Report of the Indian Hemp Drugs Commission, 1894-1895 - Volume VII
Year: 1894
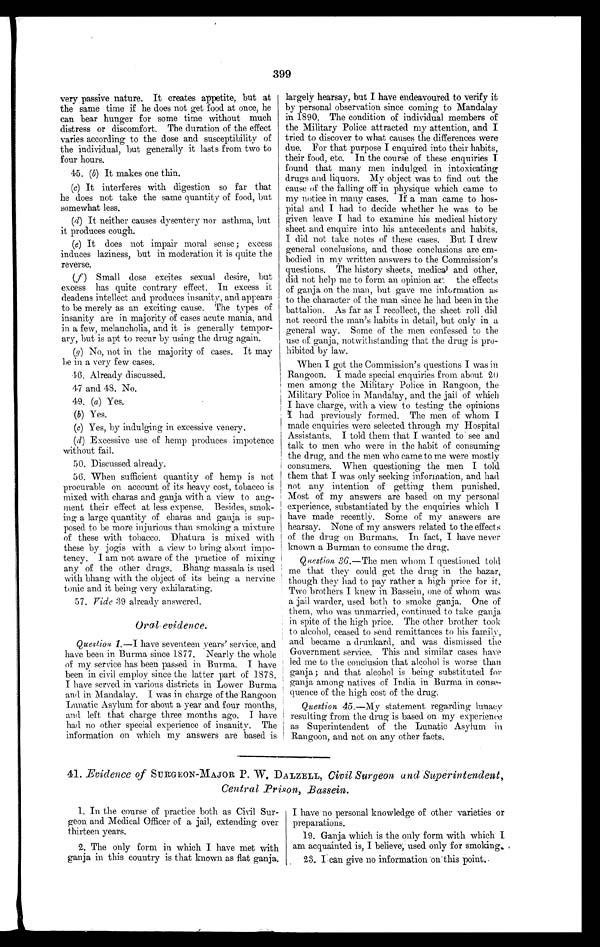
399
very passive nature. It creates appetite, but at
the same time if he does not get food at once, he
can bear hunger for some time without much
distress or discomfort. The duration of the effect
varies according to the dose and susceptibility of
the individual, but generally it lasts from two to
four hours.
45. (b) It makes one thin.
(c) It interferes with digestion so far that
he does not take the same quantity of food, but
somewhat less.
(d) It neither causes dysentery nor asthma, but
it produces cough.
(e) It does not impair moral sense ; excess
induces laziness, but in moderation it is quite the
reverse.
(f) Small dose excites sexual desire, but
excess has quite contrary effect. In excess it
deadens intellect and produces insanity, and appears
to be merely as an exciting cause. The types of
insanity are in majority of cases acute mania, and
in a few, melancholia, and it is generally tempor-
ary, but is apt to recur by using the drug again.
(g) No, not in the majority of cases. It may
b e i n a v e r y f e w c a s e s .
16. Already discussed.
47 and 48. No.
49. (a) Yes .
(b)Yes.
(c) Yes, by indulging in excessive venery.
(d) Excessive use of hemp produces impotence
without fail.
50. Discussed already.
56. When sufficient quantity of hemp is not
procurable on account of its heavy cost, tobacco is
mixed with charas and ganja with a view to aug-
ment their effect at less expense. Besides, smok-
ing a large quantity of charas and ganja is sup-
posed. to be more injurious than smoking a mixture
of these with tobacco. Dhatura is mixed with
these by jogis with a view to bring about impo-
tency. I am not aware of the practice of mixing
any of the other drugs. Bhang massala is used
with bhang with the object of its being a nervine
tonic and it being very exhilarating.
57.
Vide 39 already answered.
Oral evidence.
Question 1.—I have seventeen years' service, and
have been in Burma since 1877. Nearly the whole
of my service has been passed in Burma. I have
been in civil employ since the latter part of 1878.
I have served in various districts in Lower Burma
and in Mandalay. I was in charge of the Rangoon
Lunatic Asylum for about a year and four months,
and left that charge three months ago. I have
had no other special experience of insanity. The
information on which my answers are based is
largely hearsay, but I have endeavoured to verify it
by personal observation since coming to Mandalay
in 1890. The condition of individual members of
the Military Police attracted my attention, and I
tried to discover to what causes the differences were
due. For that purpose I enquired into their habits,
their food, etc. In the course of these enquiries I
found that many men indulged in intoxicating
drugs and liquors. My object was to find out the
cause of the falling off in physique which came to
my notice in many cases. If a man came to hos-
pital and I had to decide whether he was to be
given leave I had to examine his medical history
sheet and enquire into his antecedents and habits.
I did not take notes of these cases. But I drew
general conclusions, and those conclusions are em-
bodied in my written answers to the Commission's
questions. The history sheets, medica and other,
did not help me to form an opinion as the effects
of ganja on the man, but gave me information as
to the character of the man since he had been in the
battalion. As far as I recollect, the sheet roll did
not record the man's habits in detail, but only in a
general way. Some of the men confessed to the
use of ganja, notwithstanding that the drug is pro-
hibited by law.
When I got the Commission's questions I was in
Rangoon. I made special enquiries from about 20
men among the Military Police in Rangoon, the
Military Police in Mandalay, and the jail of which
I have charge, with a view to testing the opinions
I had previously formed. The men of whom I
made enquiries were selected through my Hospital
Assistants. I told them that I wanted to see and
talk to men who were in the habit of consuming
the drug, and the men who came to me were mostly
consumers. When questioning the men I told
them that I was only seeking information, and had
not any intention of getting them punished.
Most of my answers are based on my personal
experience, substantiated by the enquiries which I
have made recently. Some of my answers are
hearsay. None of my answers related to the effects
of the drug on Burmans. In fact, I have never
known a Burman to consume the drug.
Question 36 .—The men whom I questioned told
me that they could get the drug in the bazar,
though they had to pay rather a high price for it.
Two brothers I knew in Bassein, one of whom was
a jail warder, used both to smoke ganja. One of
them, who was unmarried, continued to take ganja
in spite of the high price. The other brother took
to alcohol, ceased to send remittances to his family,
and became a drunkard, and was dismissed the
Government service. Thus and similar cases have
led me to the conclusion that alcohol is worse than
ganja ; and that alcohol is being substituted for
ganja among natives of India in Burma in conse-
quence of the high cost of the drug.
Question 45 .—My statement regarding lunacy
resulting from the drug is based on. my experience
as Superintendent of the Lunatic Asylum in
Rangoon, and not on any other facts.
41. Evidence of SURGEON-MAJOR P. W. DALZELL, Civil Surgeon and Superintendent,
Central Prison, Bassein.
1. In the course of practice both as Civil Sur-
geon and Medical Officer of a jail, extending over
thirteen years.
2. The only form in which I have met with
ganja in this country is that known as flat ganja.
I have no personal knowledge of other varieties or
preparations.
19. Ganja which is the only form with which I
am acquainted is, I believe; used only for smoking.
23. I can give no information on this point.